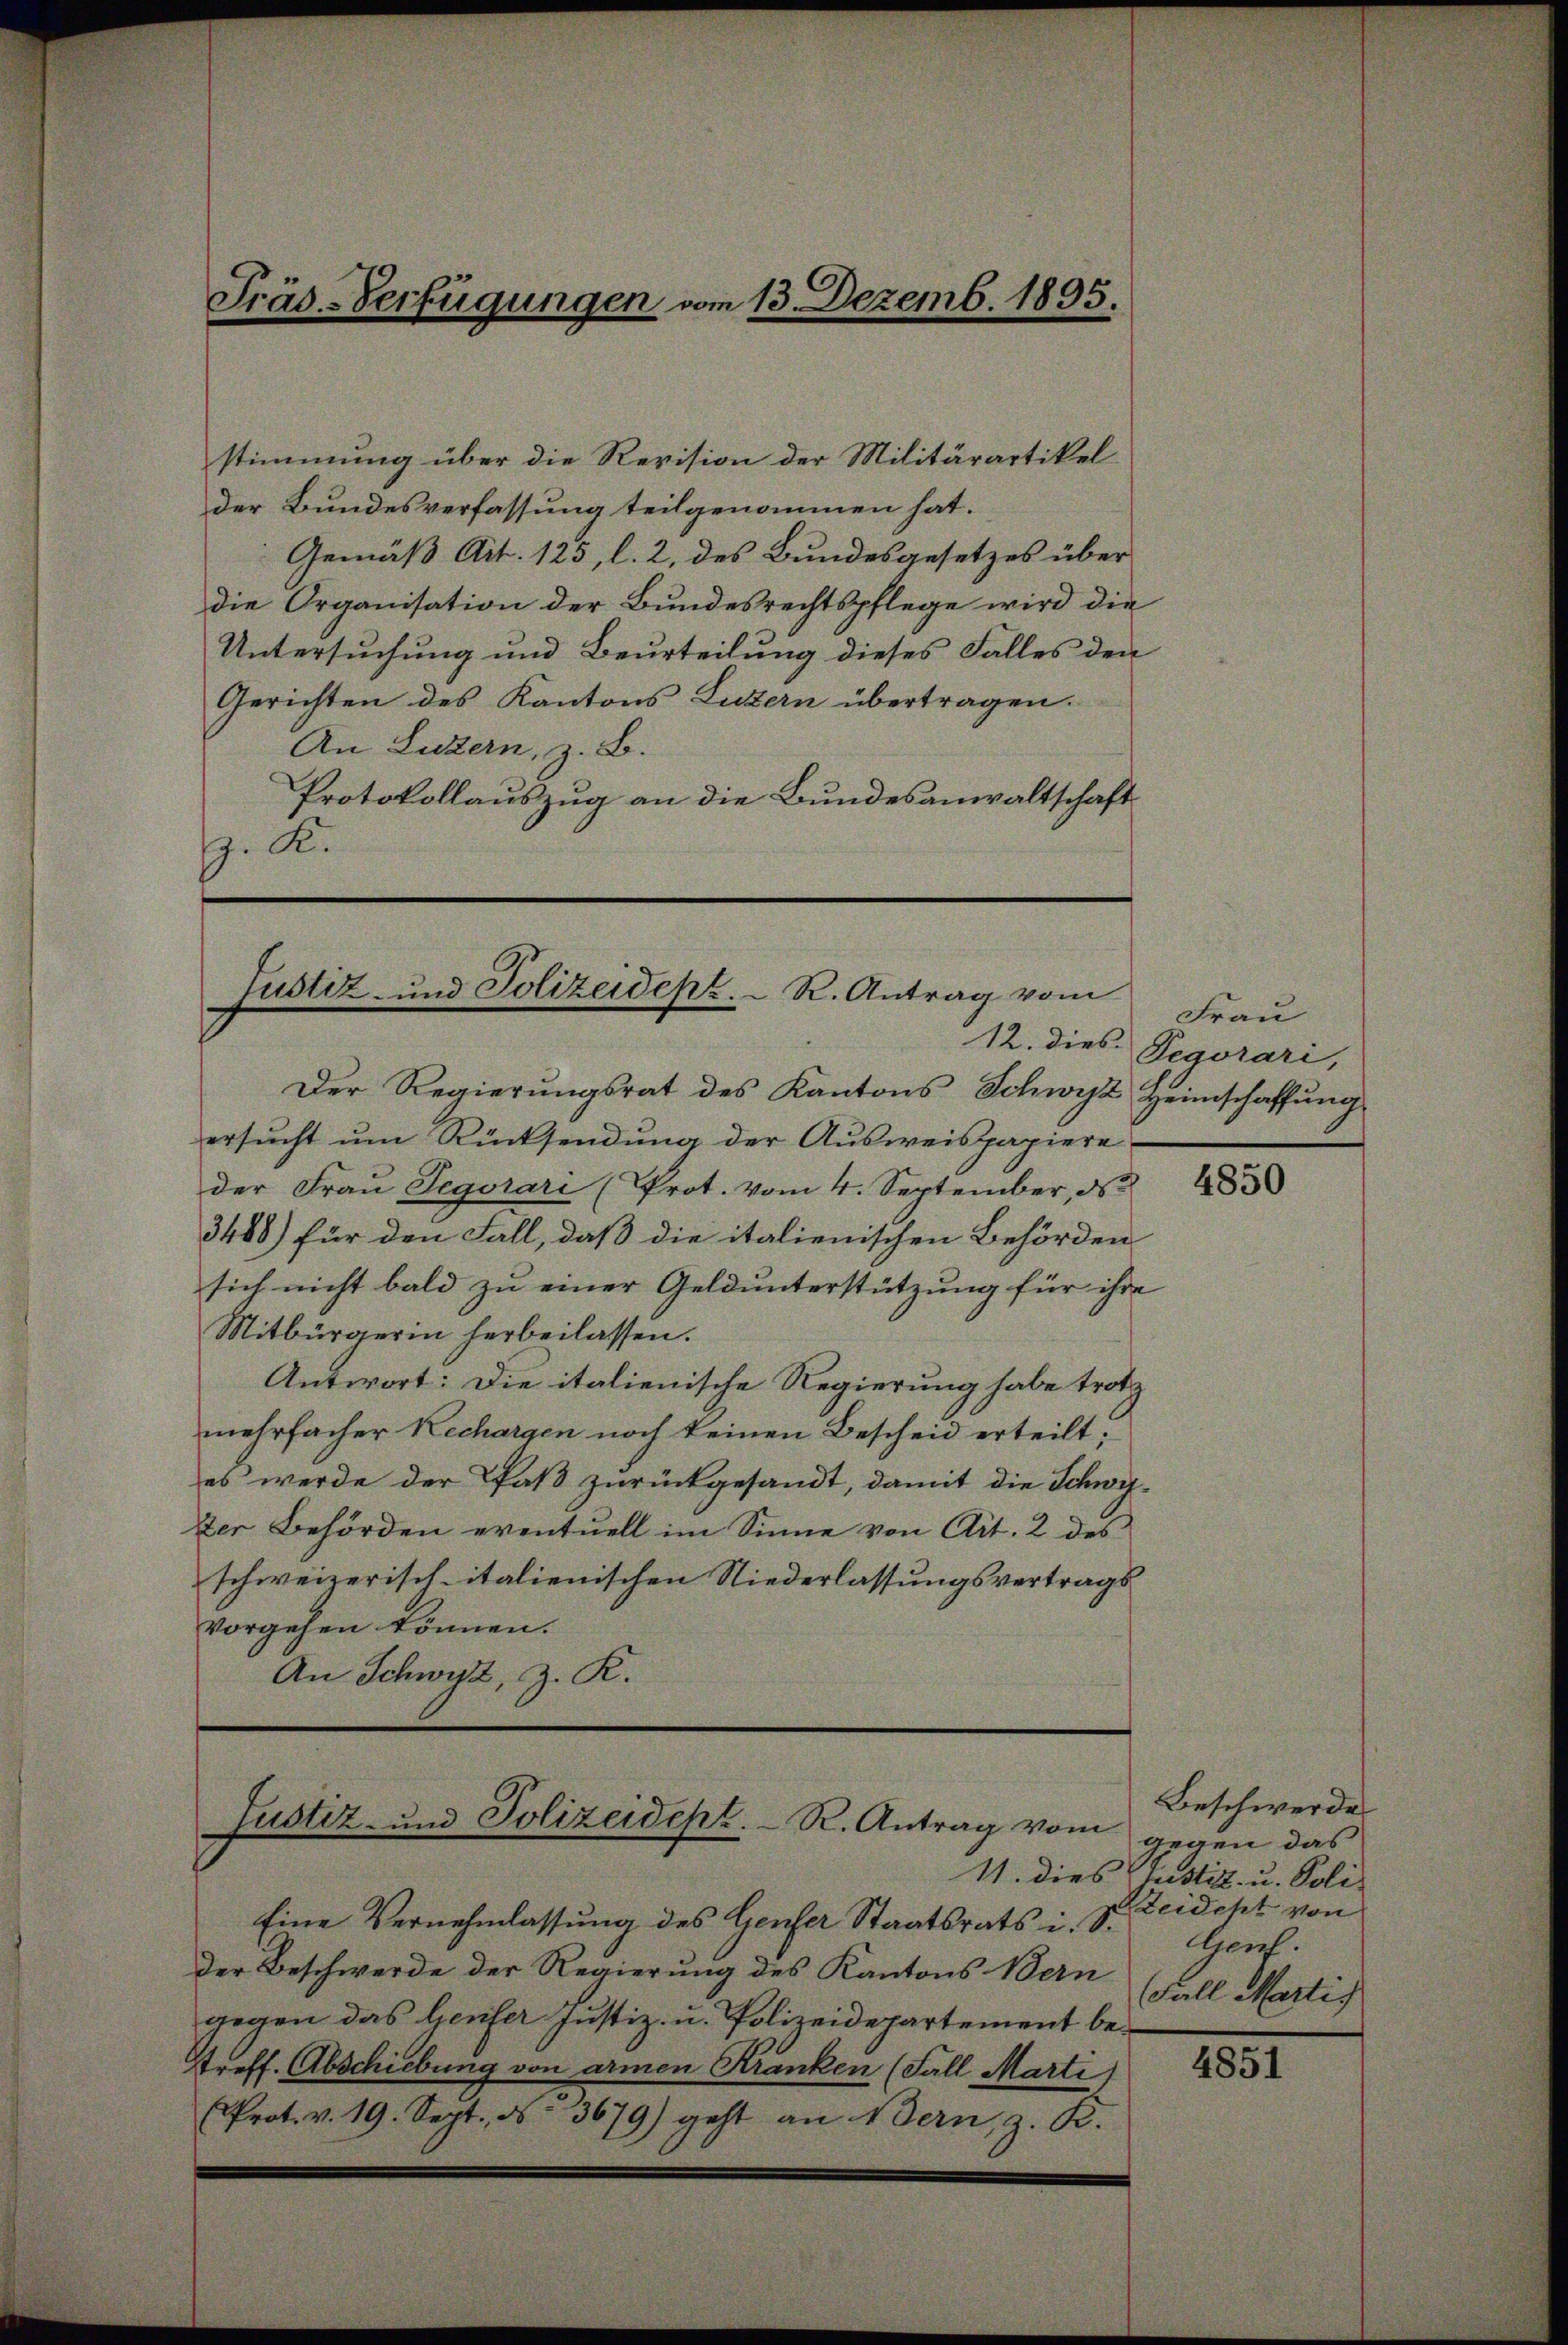
. K.

Präs.-Verfügungen vom 13. Dezemb. 1895.

stimmung über die Revision der Militärartikel
der Bundesverfassung teilgenommen hat.
Gemäß Art. 125, l. 2, des Bundesgesetzes über
die Organisation der Bundesrechtspflege wird die
Untersuchung und Beurteilung dieses Falles den
Gerichten des Kantons Luzern übertragen.
An Luzern, z. B.
Protokollauszug an die Bundesanwaltschaft

Justiz- und Polizeidepz. R. Antrag vom

Der Regierungsrat des Kantons Schwyz Heimschaffung
ersucht um Rücksendung der Ausweispapiere
der Frau Tegorari (Prot. vom 4. September, ds
3488) für den Fall, daß die italienischen Behörden
sich nicht bald zu einer Geldunterstützung für ihre
Mitbürgerin herbeilassen.
Antwort: Die italienische Regierung habe trotz
mehrfacher Rechargen noch keinen Bescheid erteilt.
es werde der Paß zurückgesandt, damit die Schwyzer Behörden eventuell im Sinne von Art. 2 des
schweizerisch-italienischen Niederlassungsvertrags
vorgehen können.
An Schwyz, z. R.

Justiz- und Polizeidept. R. Antrag vom

Eine Vernehmlassung des Genfer Staatsrats i. S.
der Beschwerde der Regierung des Kantons Bern
gegen das Genfer Justiz- u. Polizeidepartement bestreff. Abschiebung von armen Kranken (Fall Marti
Prot. v. 19. Sept. 16. 3679) geht an Bern, z. R.

Frau
12. dies Pegorari,

4850

Beschwerde
gegen das
11. dies Cristiz- u. Poli-
Reidcht von
Genf.
Fall Martis

4851